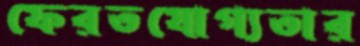
ফেরতযোগ্যতার